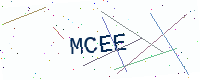
Text: MCEE